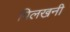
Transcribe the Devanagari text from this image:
पिलखनी